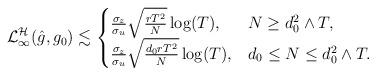
LaTeX: \begin{align*} \mathcal{L}^\mathcal{H}_\infty(\hat{g}_{},g_0) \lesssim \begin{cases} \frac{\sigma_z}{\sigma_u} \sqrt{\frac{rT^2}{N}} \log(T),& N \geq d_0^2\wedge T,\\ \frac{\sigma_z}{\sigma_u} \sqrt{\frac{d_0rT^2}{N}} \log(T), & d_0 \leq N \leq d_0^2\wedge T. \end{cases} \end{align*}